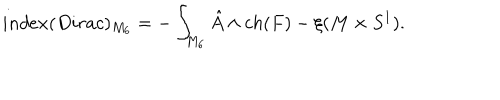
i n d e x ( D i r a c ) _ { M _ { 6 } } = - \int _ { M _ { 6 } } { { \hat { A } } } \wedge { c h ( F ) } - \xi ( M \times { S ^ { 1 } } ) .